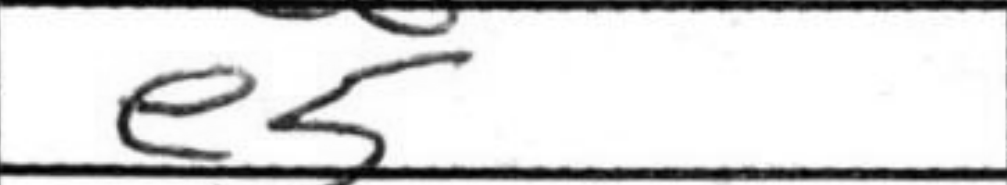
Transcription: e5